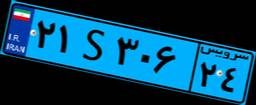
۱۹S۸۸۷۶۱